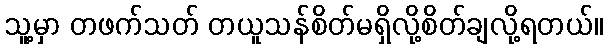
သူ့မှာ တဖက်သတ် တယူသန်စိတ်မရှိလို့စိတ်ချလို့ရတယ်။